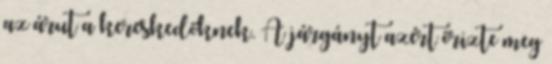
az árut a kereskedőknek. A járgányt azért őrizte meg